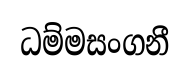
ධම්මසංගනී